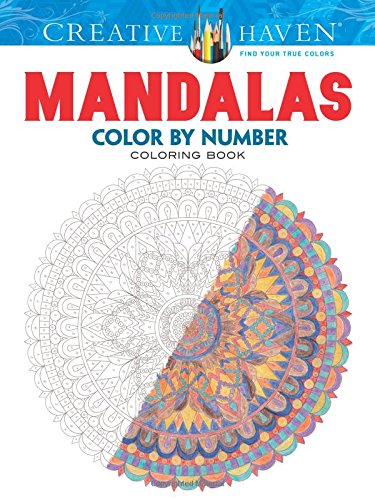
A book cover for Creative Haven Mandalas Color by Number Coloring Book (Creative Haven Coloring Books); Shala Kerrigan; Arts & Photography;